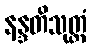
နန္ဒတိသုတ္တံ